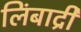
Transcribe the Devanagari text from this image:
लिंबाद्री